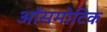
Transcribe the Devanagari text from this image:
ऑसमोटिक